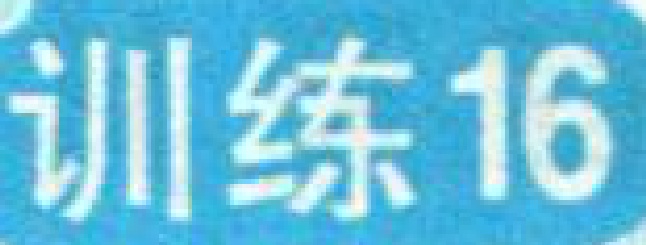
训练16